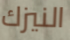
النيزك